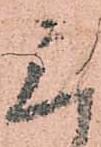
三